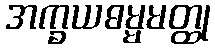
အက္ခယဓမ္မမတ္ထု